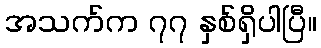
အသက်က ၇၇ နှစ်ရှိပါပြီ။